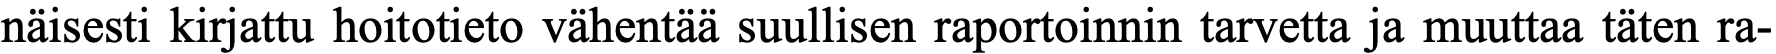
näisesti kirjattu hoitotieto vähentää suullisen raportoinnin tarvetta ja muuttaa täten ra-